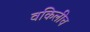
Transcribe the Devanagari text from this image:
वकिलीच